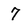
Character: 7